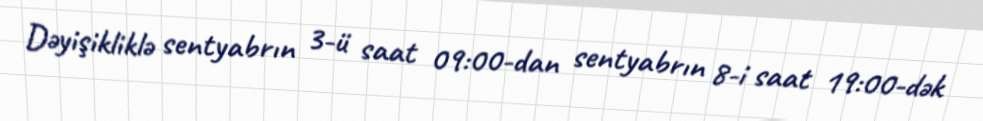
Dəyişikliklə sentyabrın 3-ü saat 09:00-dan sentyabrın 8-i saat 19:00-dək